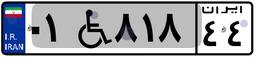
۰۱W۸۱۸۴۴